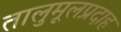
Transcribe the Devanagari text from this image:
तालुमूलप्रदाह